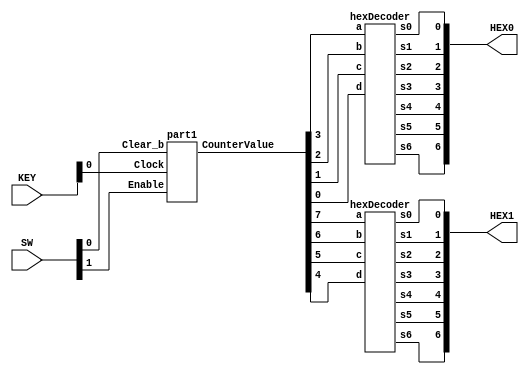
module eightbitcounter(SW, KEY, HEX0, HEX1);
	input [3:0] KEY;	
	input [9:0] SW;
	output [6:0] HEX0;
	output [6:0] HEX1;
	wire [7:0] CounterValue;
	
	part1 v0(KEY[0], SW[1], SW[0], CounterValue);
	hexDecoder v1(CounterValue[0], CounterValue[1], CounterValue[2], CounterValue[3], HEX0[0], HEX0[1], HEX0[2], HEX0[3], HEX0[4], HEX0[5], HEX0[6]);
	hexDecoder v2(CounterValue[4], CounterValue[5], CounterValue[6], CounterValue[7], HEX1[0], HEX1[1], HEX1[2], HEX1[3], HEX1[4], HEX1[5], HEX1[6]);
endmodule


module part1(Clock, Enable, Clear_b, CounterValue);
	input Clock, Enable, Clear_b;

	// CounterValue is the value of the counter comprised of the Q outputs of all the TFF's
	output [7:0] CounterValue;
	wire Enable1, Enable2, Enable3, Enable4, Enable5, Enable6, Enable7;

	TFF u0(Enable, Clock, Clear_b, CounterValue[0]);
	assign Enable1 = Enable & CounterValue[0];

	TFF u1(Enable1, Clock, Clear_b, CounterValue[1]);
	assign Enable2 = Enable1 & CounterValue[1];

	TFF u2(Enable2, Clock, Clear_b, CounterValue[2]);
	assign Enable3 = Enable2 & CounterValue[2];

	TFF u3(Enable3, Clock, Clear_b, CounterValue[3]);
	assign Enable4 = Enable3 & CounterValue[3];

	TFF u4(Enable4, Clock, Clear_b, CounterValue[4]);
	assign Enable5 = Enable4 & CounterValue[4];

	TFF u5(Enable5, Clock, Clear_b, CounterValue[5]);
	assign Enable6 = Enable5 & CounterValue[5];

	TFF u6(Enable6, Clock, Clear_b, CounterValue[6]);
	assign Enable7 = Enable6 & CounterValue[6];

	TFF u7(Enable7, Clock, Clear_b, CounterValue[7]);
endmodule


module TFF(T, Clock, Clear_b, Q); // T Flip Flop
	input T, Clock, Clear_b;
	output reg Q;

	always @(posedge Clock or negedge Clear_b)
	begin
		if (!Clear_b)
			Q <= 0;
		else
			if (T)
				Q <= ~Q;
			else
				Q <= Q;
	end
endmodule


module hexDecoder(d, c, b, a, s0, s1, s2, s3, s4, s5, s6);
	input a, b, c, d;
	output s0, s1, s2, s3, s4, s5, s6;
	assign s0 = (a & b & ~c & d) || (a & ~b & c & d) || (~a & b & ~c & ~d) || (~a & ~b & ~c & d);
	assign s1 = (a & b & ~d) || (a & c & d) || (~a & b & ~c & d) || (b & c & ~d);
	assign s2 = (a & b & c) || (a & b & ~d) || (~a & ~b & c & ~d);
	assign s3 = (a & ~b & c & ~d) || (~a & b & ~c & ~d) || (b & c & d) || (~a & ~b & ~c & d);
	assign s4 = (~a & b & ~c) || (~a & d) || (~b & ~c & d);
	assign s5 = (a & b & ~c & d) || (~a & ~b & c) || (~a & ~b & d) || (~a & c & d);
	assign s6 = (a & b & ~c & ~d) || (~a & b & c & d) || (~a & ~b & ~c);
endmodule